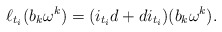
\begin{align*}\ell_{t_{i}} ( b_{k} \omega^{k} ) =( i_{t_{i}} d +d i_{t_{i}} )( b_{k} \omega^{k} ).\end{align*}